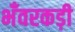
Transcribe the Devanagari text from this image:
भँवरकड़ी